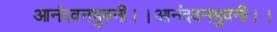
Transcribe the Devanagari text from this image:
आनंदवनभुवनी।।आनंदवनभुवनी।।